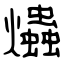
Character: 爞